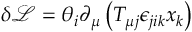
\delta \mathcal { L } = \theta _ { i } \partial _ { \mu } \left( T _ { \mu j } \epsilon _ { j i k } x _ { k } \right)